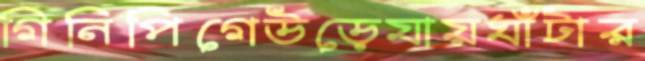
গিনিপিগেউড়েযায়ঘাঁটার